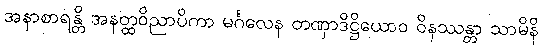
အနာစာရန္တိ အနတ္ထဝိညာပိကာ မင်္ဂလေန တဏှာဒိဋ္ဌိယောဝ ဝိနဿန္တာ သာမိနိ